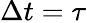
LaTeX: \Delta t=\tau